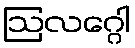
ဩလဂ္ဂေါ